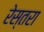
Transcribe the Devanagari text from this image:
रेस्तरा